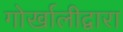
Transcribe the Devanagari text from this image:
गोर्खालीद्वारा